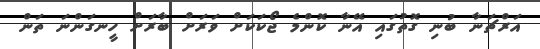
އަރްޗަނާ ބުނި ގޮތުގައި އޭނާ ކޮންމެ ޖޯކަކަށް ވަރަށް ބާރަށް ހީނގަންނަ ތަން